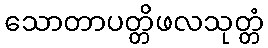
သောတာပတ္တိဖလသုတ္တံ